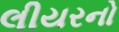
લીયરનો